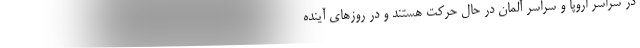
در سراسر اروپا و سراسر آلمان در حال حرکت هستند و در روزهای آینده